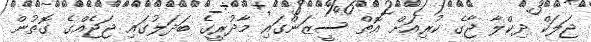
ޖަލަކް ދިކްލާ ޖާގެ ކުރިއަށް އޮތް ސީޒަންގައި މާދުރީގެ ބަދަލުގައި ޖަޖެއްގެ ގޮތުން